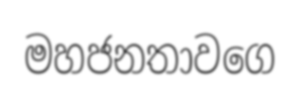
මහජනතාවගෙ